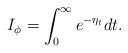
LaTeX: \begin{align*} I_\phi = \int_{0}^{\infty} e^{-\eta_t}dt. \end{align*}